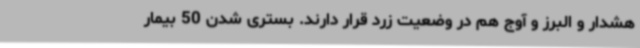
هشدار و البرز و آوج هم در وضعیت زرد قرار دارند. بستری شدن 50 بیمار